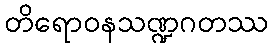
တိရောဝနသဏ္ဍဂတဿ